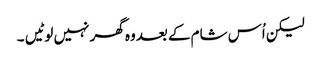
لیکن اُس شام کے بعدوہ گھر نہیں لوٹیں ۔